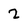
Character: 2